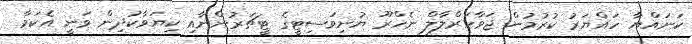
ކަނައްޔާ ހައްޔަރު ކުރުމުން ޖަވާހަރްލާލް ނެހްރޫ ޔުނިވަސިޓީގެ ޓީޗަރުންނާއި ކިޔަވާކުދިން ވަނީ އެކަމާ